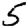
Digit: 5